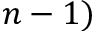
n - 1 )